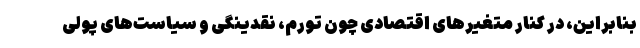
بنابراین، در کنار متغیرهای اقتصادی چون تورم، نقدینگی و سیاست‌های پولی